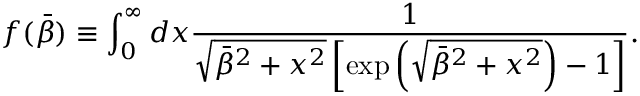
f ( \bar { \beta } ) \equiv \int _ { 0 } ^ { \infty } d x \frac { 1 } { \sqrt { \bar { \beta } ^ { 2 } + x ^ { 2 } } \left[ \exp \left( \sqrt { \bar { \beta } ^ { 2 } + x ^ { 2 } } \right) - 1 \right] } .